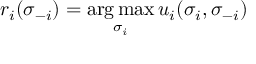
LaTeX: r _ { i } ( \sigma _ { - i } ) = \mathop { \underset { \sigma _ { i } } { \operatorname { a r g \, m a x } } } u _ { i } ( \sigma _ { i } , \sigma _ { - i } )